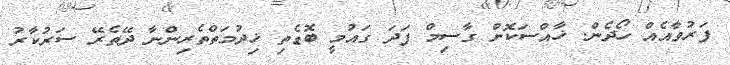
ފަރުވާއެއް ހޯދެން. ޚާއްސަކޮށް ގާސިމް ފަދަ ގައުމީ ބޮޑެތި ޚިދުމަތްތެރިންނާ ދޭތެރޭ ސަރުކާރު